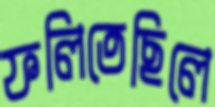
ফলিতেছিলে